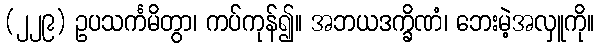
(၂၂၉) ဥပသင်္ကမိတွာ၊ ကပ်ကုန်၍။ အဘယဒက္ခိဏံ၊ ဘေးမဲ့အလှူကို။